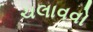
ચલાવવો